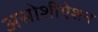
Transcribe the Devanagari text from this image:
असोशीऐशन